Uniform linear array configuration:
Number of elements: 4
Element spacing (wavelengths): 1
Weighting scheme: binomial
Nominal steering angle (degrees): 60
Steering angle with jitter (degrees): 58.337
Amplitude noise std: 0.05
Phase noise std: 0.05

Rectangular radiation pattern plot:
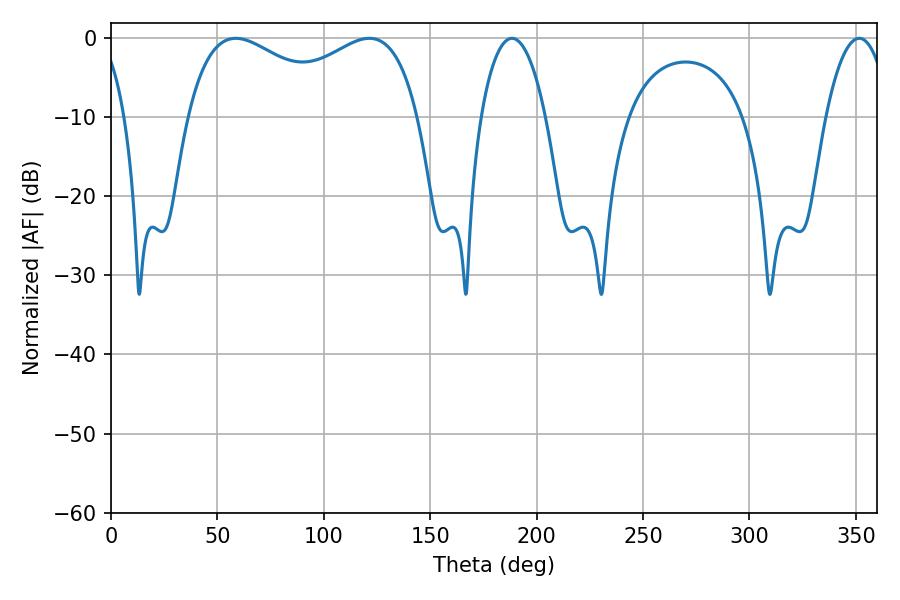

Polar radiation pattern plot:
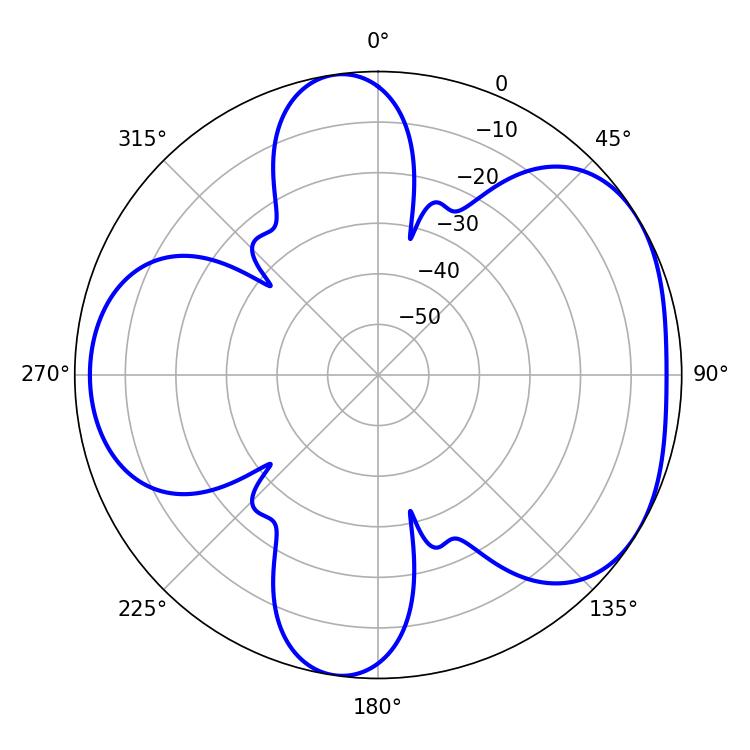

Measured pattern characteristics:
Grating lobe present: TRUE
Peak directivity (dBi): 4.604
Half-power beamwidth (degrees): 90.36
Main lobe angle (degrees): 58.68